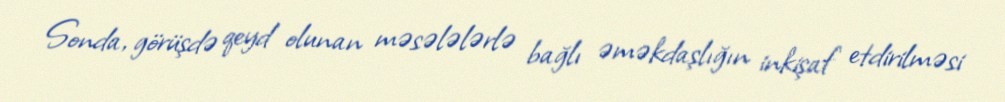
Sonda, görüşdə qeyd olunan məsələlərlə bağlı əməkdaşlığın inkişaf etdirilməsi